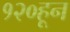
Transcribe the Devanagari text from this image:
१२०हून